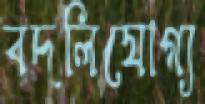
বদলিযোগ্য